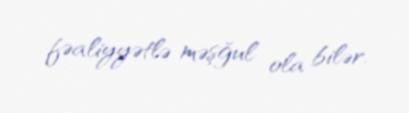
fəaliyyətlə məşğul ola bilər.